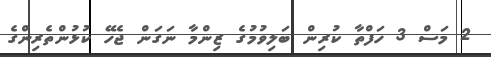
2 މަސް 3 ހަފްތާ ކުރިން ބަލިވުމުގެ ޒިންމާ ނަގަން ޖެހޭ ކުޅުންތެރިންގެ